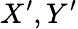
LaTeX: X^{\prime},Y^{\prime}